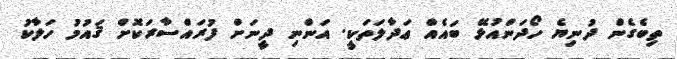
ތިބެގެން ދުނިޔެ ހޯދަންއުޅޭ ބައެއް ޢަދާލަތަކީ. އަންނި ދީނަށް ފުރައްސާރަކޮށް ޤައުމު ހަލާކު